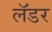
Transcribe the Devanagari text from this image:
लॅडर